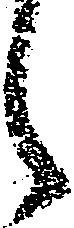
之